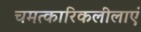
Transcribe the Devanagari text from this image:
चमत्कारिकलीलाएं